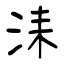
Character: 洡